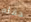
حفله